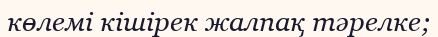
көлемі кішірек жалпақ тәрелке;